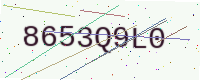
Text: 8653Q9L0